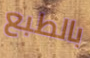
بالطبع